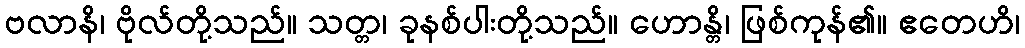
ဗလာနိ၊ ဗိုလ်တို့သည်။ သတ္တ၊ ခုနစ်ပါးတို့သည်။ ဟောန္တိ၊ ဖြစ်ကုန်၏။ ဧတေဟိ၊